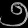
Digit: ၅